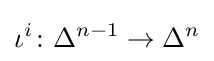
\iota ^{i}\colon \Delta ^{n-1}\rightarrow \Delta ^{n}